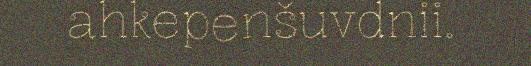
ahkepenšuvdnii.